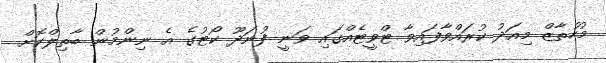
މުހުތާޒް މިއަދު ކުރައްވާފައިވާ ޓްވީޓެއްގައި ވަނީ ފުނަދޫ ކޯޓުގެ އެ ނިންމުން ބާތިލްކޮށް